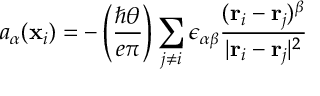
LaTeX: a _ { \alpha } ( { \bf x } _ { i } ) = - \left( { \frac { \hbar \theta } { e \pi } } \right) \sum _ { j \ne i } \epsilon _ { \alpha \beta } { \frac { ( { \bf r } _ { i } - { \bf r } _ { j } ) ^ { \beta } } { \vert { \bf r } _ { i } - { \bf r } _ { j } \vert ^ { 2 } } }